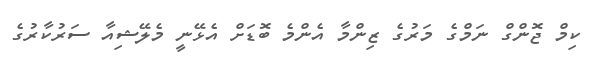
ކިމް ޖޮންގް ނަމްގެ މަރުގެ ޒިންމާ އެންމެ ބޮޑަށް އެޅޭނީ މެލޭޝިއާ ސަރުކާރުގެ